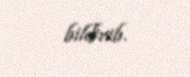
bildirib.